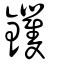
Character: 钁